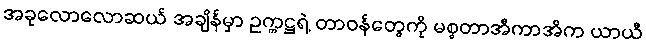
အခုလောလောဆယ် အချိန်မှာ ဥက္ကဋ္ဌရဲ့ တာဝန်တွေကို မစ္စတာအီကာအိက ယာယီ